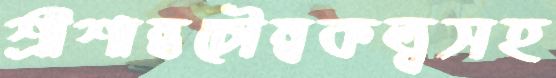
শ্রীশান্তচৌম্বকত্বসহ